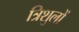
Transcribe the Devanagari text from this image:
त्रिशुलों